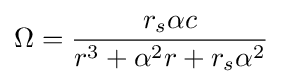
\Omega ={\frac {r_{s}\alpha c}{r^{3}+\alpha ^{2}r+r_{s}\alpha ^{2}}}